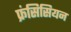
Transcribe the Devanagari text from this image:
फ्रंसिसियन